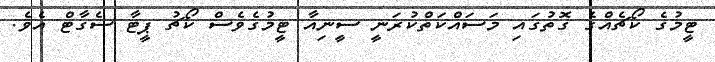
ޓީމުގެ ކޯޗެއްގެ ގޮތުގައި މަސައްކަތްކުރަނީ ސީނިއާ ޓީމުގެވެސް ކޯޗު ޕީޓާ ސެގާޓް އެވެ.